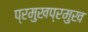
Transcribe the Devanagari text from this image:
प्रमुखप्रमुख